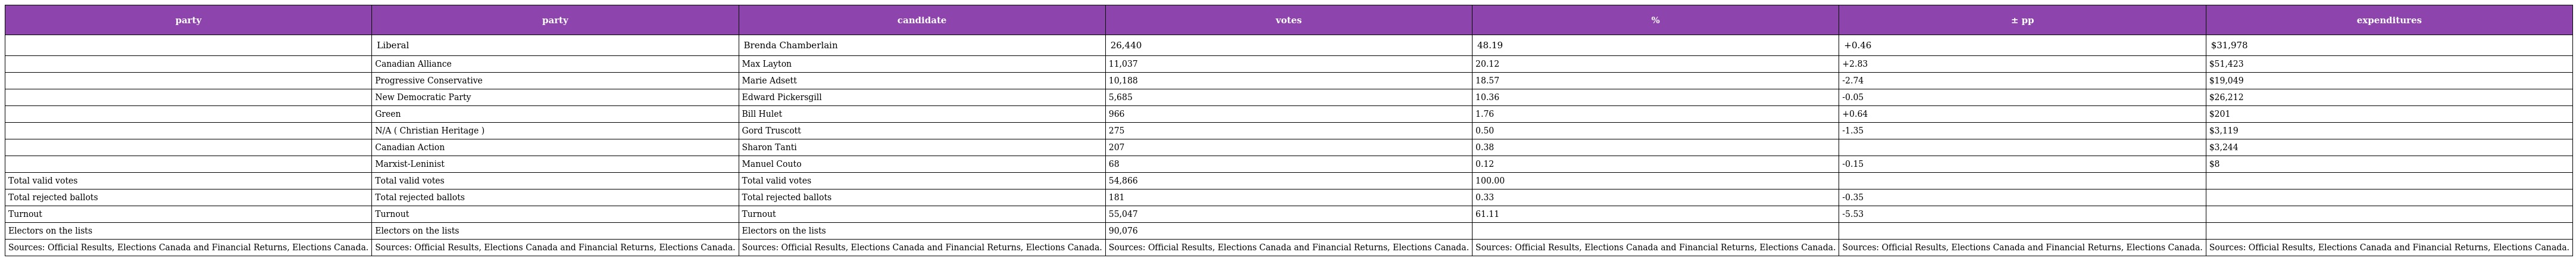
| party | party | candidate | votes | % | ± pp | expenditures |
 | --- | --- | --- | --- | --- | --- | --- |
 |  | Liberal | Brenda Chamberlain | 26,440 | 48.19 | +0.46 | $31,978 |
 |  | Canadian Alliance | Max Layton | 11,037 | 20.12 | +2.83 | $51,423 |
 |  | Progressive Conservative | Marie Adsett | 10,188 | 18.57 | -2.74 | $19,049 |
 |  | New Democratic Party | Edward Pickersgill | 5,685 | 10.36 | -0.05 | $26,212 |
 |  | Green | Bill Hulet | 966 | 1.76 | +0.64 | $201 |
 |  | N/A ( Christian Heritage ) | Gord Truscott | 275 | 0.50 | -1.35 | $3,119 |
 |  | Canadian Action | Sharon Tanti | 207 | 0.38 |  | $3,244 |
 |  | Marxist-Leninist | Manuel Couto | 68 | 0.12 | -0.15 | $8 |
 | Total valid votes | Total valid votes | Total valid votes | 54,866 | 100.00 |  |  |
 | Total rejected ballots | Total rejected ballots | Total rejected ballots | 181 | 0.33 | -0.35 |  |
 | Turnout | Turnout | Turnout | 55,047 | 61.11 | -5.53 |  |
 | Electors on the lists | Electors on the lists | Electors on the lists | 90,076 |  |  |  |
 | Sources: Official Results, Elections Canada and Financial Returns, Elections Canada. | Sources: Official Results, Elections Canada and Financial Returns, Elections Canada. | Sources: Official Results, Elections Canada and Financial Returns, Elections Canada. | Sources: Official Results, Elections Canada and Financial Returns, Elections Canada. | Sources: Official Results, Elections Canada and Financial Returns, Elections Canada. | Sources: Official Results, Elections Canada and Financial Returns, Elections Canada. | Sources: Official Results, Elections Canada and Financial Returns, Elections Canada. |